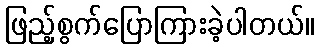
ဖြည့်စွက်ပြောကြားခဲ့ပါတယ်။